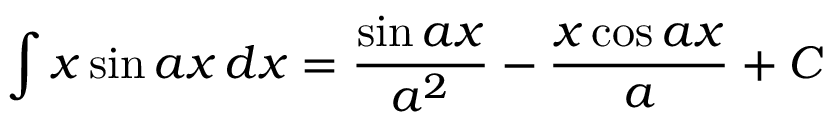
\int x \sin a x \, d x = { \frac { \sin a x } { a ^ { 2 } } } - { \frac { x \cos a x } { a } } + C